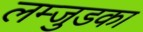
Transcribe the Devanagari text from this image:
लम्जुडका